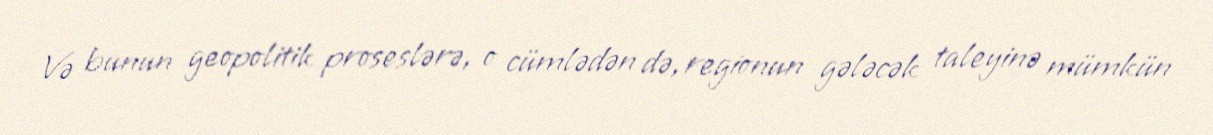
Və bunun geopolitik proseslərə, o cümlədən də, regionun gələcək taleyinə mümkün